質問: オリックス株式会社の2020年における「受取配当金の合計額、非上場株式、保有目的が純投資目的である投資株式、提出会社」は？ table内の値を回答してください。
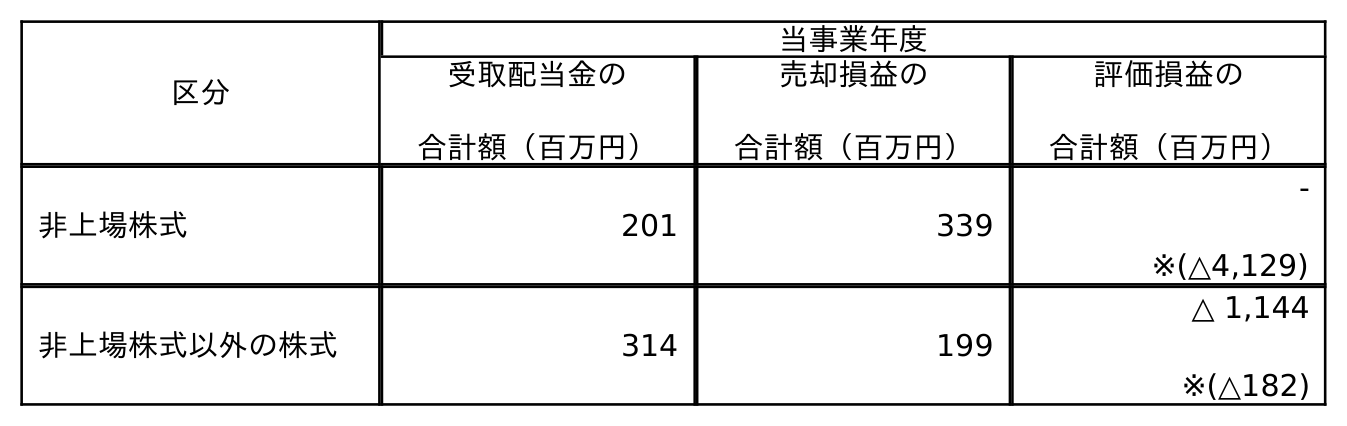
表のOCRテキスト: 区分 当事業年度 受取配当金の 合計額（百万円） 売却損益の 合計額（百万円） 評価損益の 合計額（百万円） 非上場株式 201 339 - ※(△4,129) 非上場株式以外の株式 314 199 △ 1,144 ※(△182)
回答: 201